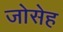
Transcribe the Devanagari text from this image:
जोसेह